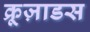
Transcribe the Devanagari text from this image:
क्रूज़ाडस